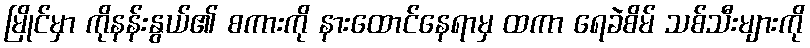
မြိုင်မှာ ကိုနန်းနွယ်၏ စကားကို နားထောင်နေရာမှ ထကာ ရေခဲစိမ် သစ်သီးများကို